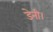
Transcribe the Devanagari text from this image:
डेनी।